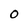
Character: O